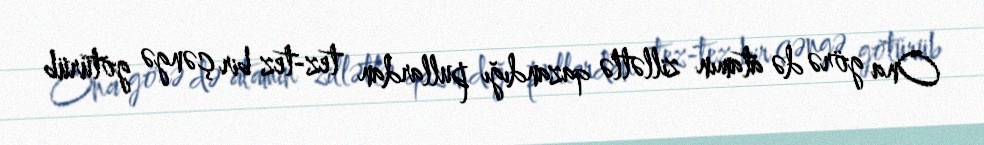
Ona görə də atamın zillətlə qazandığı pullardan tez-tez bir çəngə götürüb